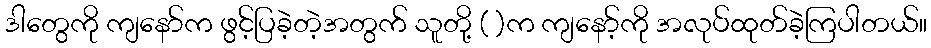
ဒါတွေကို ကျနော်က ဖွင့်ပြခဲ့တဲ့အတွက် သူတို့ ( )က ကျနော့်ကို အလုပ်ထုတ်ခဲ့ကြပါတယ်။